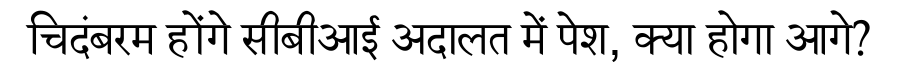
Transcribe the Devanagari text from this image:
चिदंबरम होंगे सीबीआई अदालत में पेश, क्या होगा आगे?